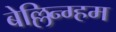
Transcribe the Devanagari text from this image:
बेल्लिन्ग्हम